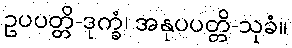
ဥပပတ္တိ-ဒုက္ခံ၊ အနုပပတ္တိ-သုခံ။